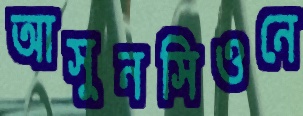
আসুনসিওনে